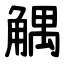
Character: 䚤